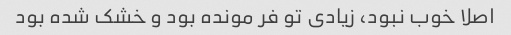
اصلا خوب نبود، زیادی تو فر مونده بود و خشک شده بود